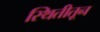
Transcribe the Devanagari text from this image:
स्थितीतून